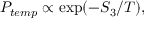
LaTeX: P _ { t e m p } \propto \exp ( - S _ { 3 } / T ) ,